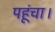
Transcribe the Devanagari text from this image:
पहूंचा।